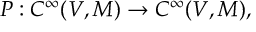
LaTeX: P : C ^ { \infty } ( V , M ) \rightarrow C ^ { \infty } ( V , M ) ,